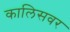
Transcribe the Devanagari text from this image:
कालिसवर